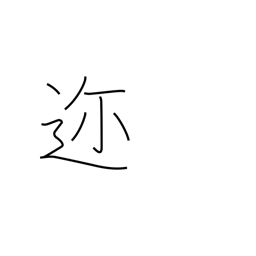
Meaning: near